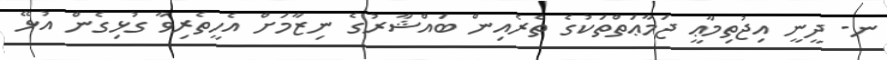
ނ- ދީނީ އިޖުތިމާޢީ ޖަމާޢަތްތަކުގެ ތެރެއިން ބައްޝާރުގެ ނިޒާމަށް އެހީތެރިވާ ގުޅިގެން އުޅޭ